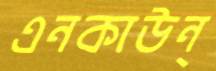
এনকাউন্